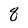
Character: 8